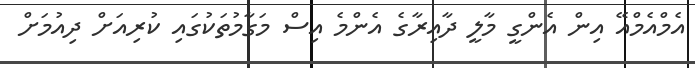
އެމްއެމްއޭ އިން އެންގީ މާލީ ދާއިރާގެ އެންމެ އިސް މަގާމުތަކުގައި ކުރިއަށް ދިއުމަށް